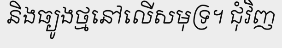
និងធ្យូងថ្មនៅលើសមុទ្រ។ ជុំវិញ